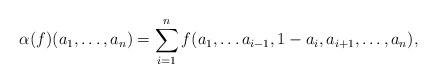
\begin{align*}\alpha(f)(a_1,\ldots,a_n)=\sum_{i=1}^n f(a_1,\ldots a_{i-1},1-a_i,a_{i+1},\ldots,a_n),\end{align*}